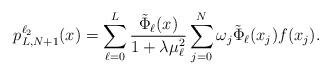
LaTeX: \begin{align*}p_{L,N+1}^{\ell_2}(x) =\sum_{\ell=0}^L\frac{\tilde{\Phi}_{\ell}(x)}{1+\lambda\mu_{\ell}^2}\sum_{j=0}^N\omega_j\tilde{\Phi}_{\ell}(x_j)f(x_j).\end{align*}